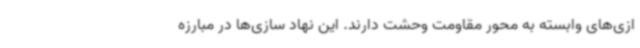
ازی‌های وابسته به محور مقاومت وحشت دارند. این نهاد سازی‌ها در مبارزه